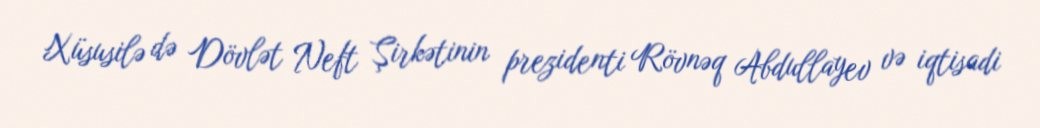
Xüsusilə də Dövlət Neft Şirkətinin prezidenti Rövnəq Abdullayev və iqtisadi